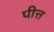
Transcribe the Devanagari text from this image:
पीत्त